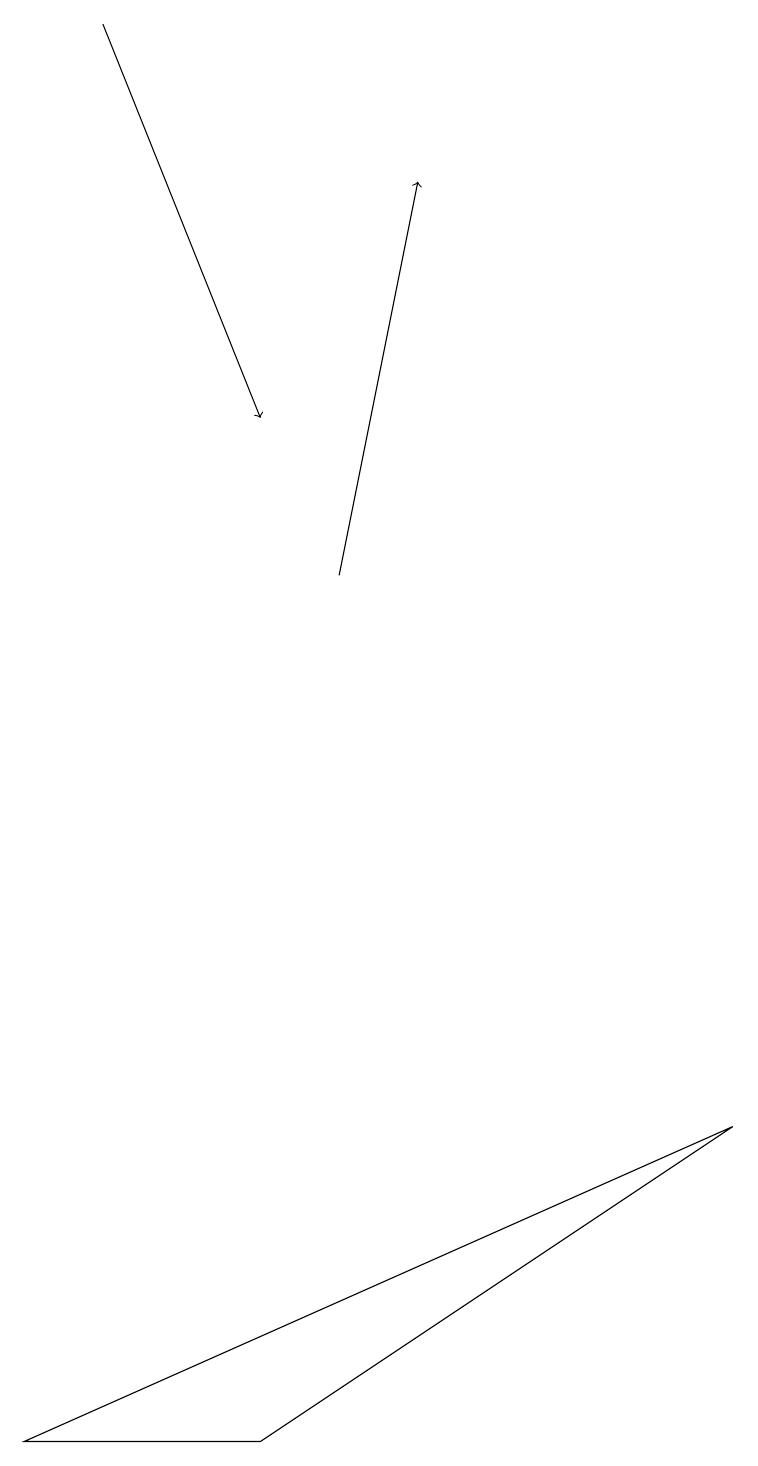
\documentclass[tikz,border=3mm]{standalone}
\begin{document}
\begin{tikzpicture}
\draw[->] (1,18) -- (3,13);
\draw (9,4) -- (3,0) -- (0,0) -- cycle;
\draw[->] (4,11) -- (5,16);
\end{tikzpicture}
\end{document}